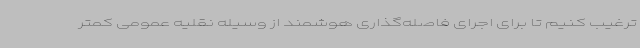
ترغیب کنیم تا برای اجرای فاصله‌گذاری هوشمند از وسیله نقلیه عمومی کمتر